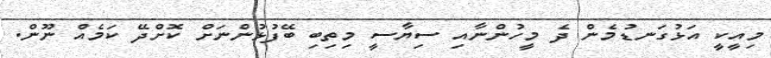
މިއީކީ އަޅުގަނޑުމެން ދެ މީހުންނާއި ސިޔާސީ މިތިބި ބޭފުޅުންނަށް ކޮށްދޭ ކަމެއް ނޫން.